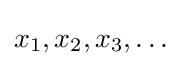
x_{1},x_{2},x_{3},\dots